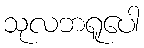
သုလဘရူပေါ